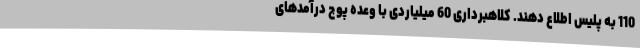
110 به پلیس اطلاع دهند. کلاهبرداری 60 میلیاردی با وعده پوچ درآمدهای